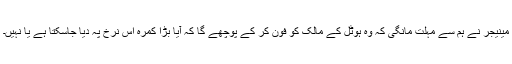
مینیجر نے ہم سے مہلت مانگی کہ وہ ہوٹل کے مالک کو فون کر کے پوچھے گا کہ آیا بڑا کمرہ اس نرخ پہ دیا جاسکتا ہے یا نہیں۔